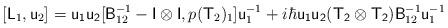
LaTeX: \begin{align*}[\mathsf{L}_1 , \mathsf{u}_2 ] = \mathsf{u_1u_2} [\mathsf{B}_{12}^{-1}- \mathsf{I \otimes I}, p(\mathsf{T}_2)_1 ] \mathsf{u}_{1}^{-1}+i\hbar\mathsf{u_1u_2} \mathsf{(T_2 \otimes T_2)}\mathsf{B}^{-1}_{12}\mathsf{u}^{-1}_1 \end{align*}